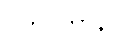
ဂိဟိဂတာနိ